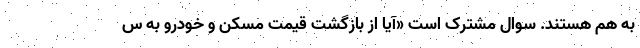
به هم هستند. سوال مشترک است «آیا از بازگشت قیمت مسکن و خودرو به س